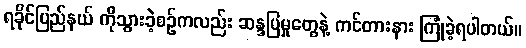
ရခိုင်ပြည်နယ် ကိုသွားခဲ့စဉ်ကလည်း ဆန္ဒပြမှုတွေနဲ့ ကင်တားနား ကြုံခဲ့ရပါတယ်။